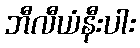
ဘီလီယံနီးပါး